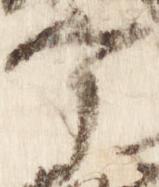
宰